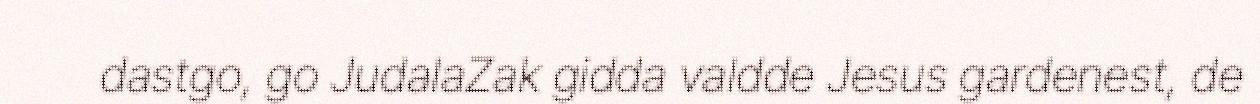
dastgo, go JudalaZak gidda valdde Jesus gardenest, de